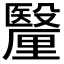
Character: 𮡠